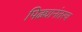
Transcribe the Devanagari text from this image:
पिढ्यानंतरच